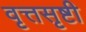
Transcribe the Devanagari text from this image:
वृत्तसृष्टी